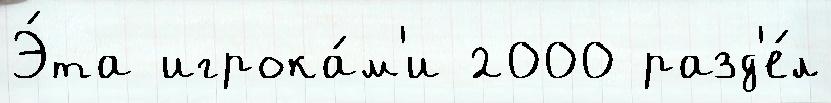
Э́та игрока́м'и 2000 разд'е́л